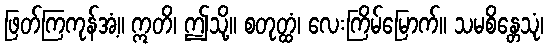
ဖြတ်ကြကုန်အံ့။ ဣတိ၊ ဤသို့။ စတုတ္ထံ၊ လေးကြိမ်မြောက်။ သမစိန္တေသုံ၊